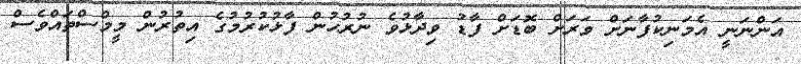
އަންނަނީ އެމަނިކުފާނަށް ވަރަށް ބޮޑަށް ފާޑު ވިދާޅުވެ ނުރުހުން ފާޅުކުރުމުގެ އިތުރުން މީމްސްތައްވެސް